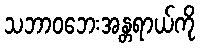
သဘာဝဘေးအန္တရာယ်ကို